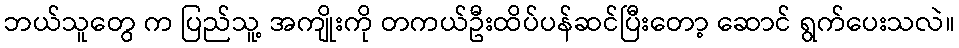
ဘယ်သူတွေ က ပြည်သူ့ အကျိုးကို တကယ်ဦးထိပ်ပန်ဆင်ပြီးတော့ ဆောင် ရွက်ပေးသလဲ။